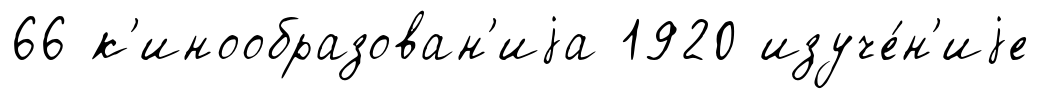
66 к'инообразован'иjа 1920 изуче́н'иjе